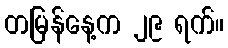
တမြန်နေ့က ၂၉ ရက်။